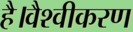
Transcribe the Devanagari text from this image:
है।वैश्वीकरण